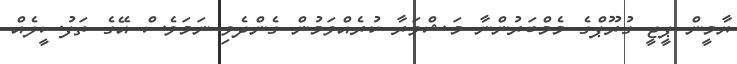
ޔާމީން ޕީޖީ ގުރޫޕްގެ މެމްބަރުންނާ މަޝްވަރާ ކުރެއްވަމުންް ގެންދެވި ނަމަވެސް އޭގެ ތަފުސީލެއް